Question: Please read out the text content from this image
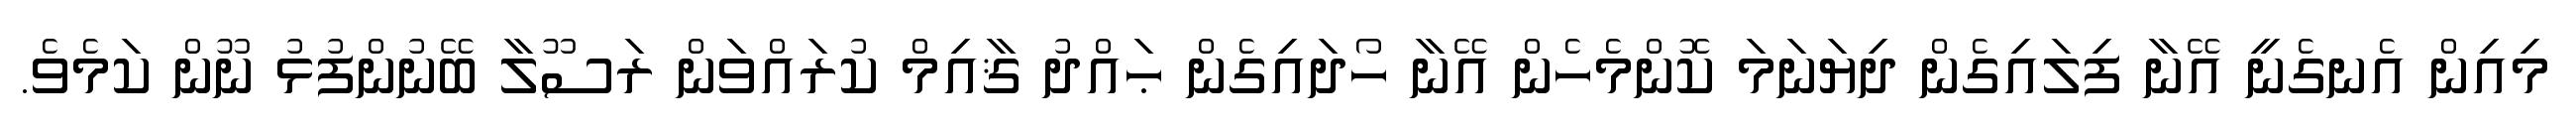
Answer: މިއިން އެނގެނީ އޭނާ ފިލައިގެން ދިޔަނަމަ ކޮންމެހެން އޭނާ ހޯދައިގެން ޙައްދު ޤާއިމް ކުރައްވަން ރަސޫލާ ބޭނުންފުޅު ނޫން ކަމެވެ.